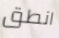
انطق